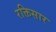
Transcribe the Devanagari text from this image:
रक्तिसार